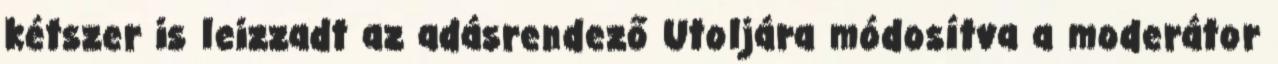
kétszer is leizzadt az adásrendező Utoljára módosítva a moderátor